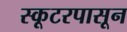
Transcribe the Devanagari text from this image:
स्कूटरपासून